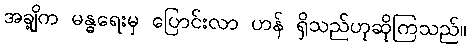
အချို့က မန္ဓရေးမှ ပြောင်းလာ ဟန် ရှိသည်ဟုဆိုကြသည်။